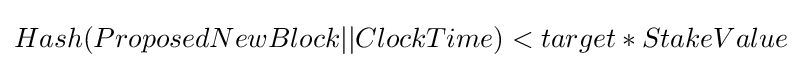
Hash(ProposedNewBlock||ClockTime)<target*StakeValue